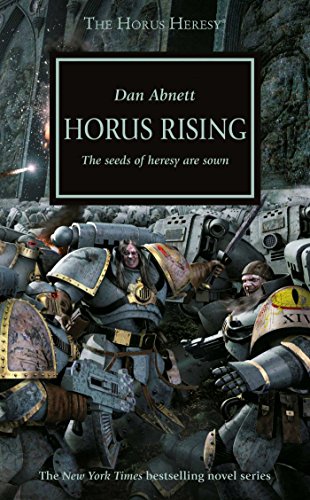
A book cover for Horus Rising (The Horus Heresy); Dan Abnett; Science Fiction & Fantasy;